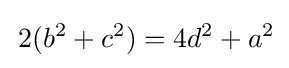
\,2(b^{2}+c^{2})=4d^{2}+a^{2}